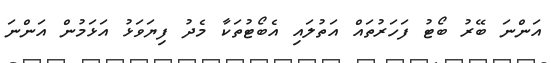
އަންނަ ބޭރު ބޯޓު ފަހަރުތައް އަތުލައި އެބޯޓުތަކާ މެދު ފިޔަވަޅު އަޅަމުން އަންނަ